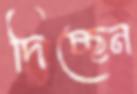
দিচ্ছেন